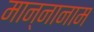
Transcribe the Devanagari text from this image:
मान्नानाम